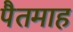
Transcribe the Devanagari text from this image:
पैतमाह